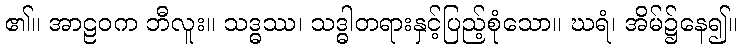
၏။ အာဠဝက ဘီလူး။ သဒ္ဓဿ၊ သဒ္ဓါတရားနှင့်ပြည့်စုံသော။ ဃရံ၊ အိမ်၌နေ၍။